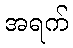
အရက်